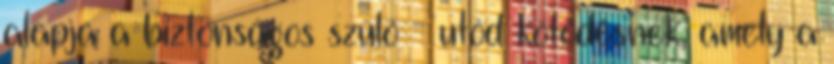
alapja a biztonságos szülő - utód kötődésnek, amely a